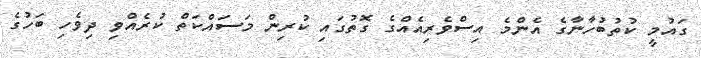
ގައުމީ ކުތުބުހާނާގެ އެންމެ އިސްވެރިއެއްގެ ގޮތުގައި ކުރިން މަސައްކަތް ކުރެއްވި ދިވެހި ބަހުގެ